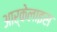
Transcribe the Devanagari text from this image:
आर्केलाइस